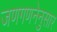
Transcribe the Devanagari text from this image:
जणगणनेनुसार